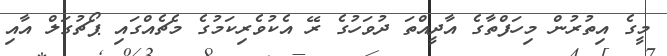
މީގެ އިތުރުން މިހަފްތާގެ އާދީއްތަ ދުވަހުގެ ރޭ އެކުވެރިކަމުގެ މެޗެއްގައި ޕޯޗުގަލް އާއި